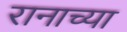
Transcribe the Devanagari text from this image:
रानाच्या